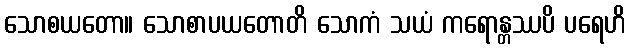
သောစယတော။ သောစာပယတောတိ သောကံ သယံ ကရောန္တဿပိ ပရေဟိ